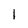
Character: 1